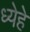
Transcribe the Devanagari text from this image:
ध्येहे